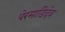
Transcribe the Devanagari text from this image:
पेरमाडिदेव